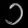
Digit: ၁